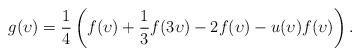
LaTeX: \begin{align*}g(\upsilon) = \frac 14\left( f(\upsilon) + \frac 13 f(3\upsilon) - 2f(\upsilon) - u(\upsilon)f(\upsilon)\right).\end{align*}